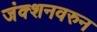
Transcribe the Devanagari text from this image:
जंक्शनवरुन